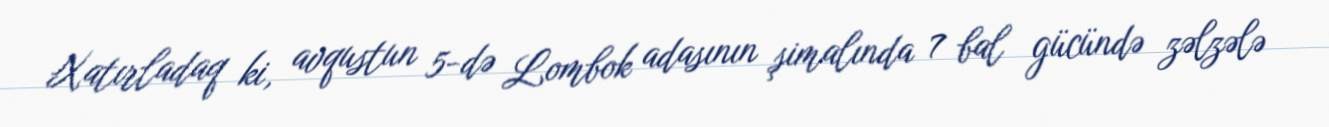
Xatırladaq ki, avqustun 5-də Lombok adasının şimalında 7 bal gücündə zəlzələ